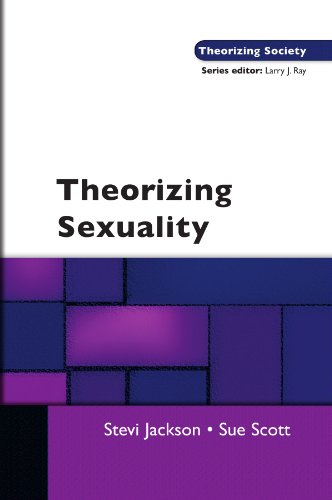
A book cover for Theorising Sexuality (Theorizing Society); Stevi Jackson; Politics & Social Sciences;